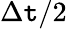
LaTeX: \Delta\mathtt{t}/2